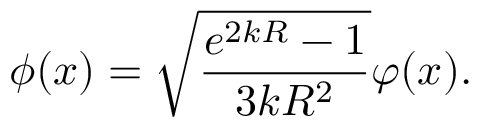
\phi ( x ) = \sqrt { \frac { e ^ { 2 k R } - 1 } { 3 k R ^ { 2 } } } \varphi ( x ) .